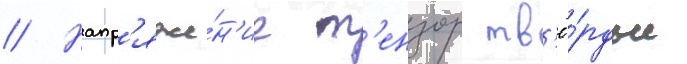
// Напр'яже́н'ие т'ензор тв'ё́рдые